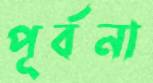
পূর্বনা